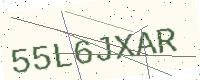
Text: 55L6JXAR